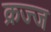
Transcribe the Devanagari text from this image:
क्रज्ज